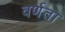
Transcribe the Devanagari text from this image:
वर्णता